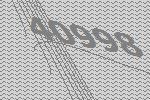
40998